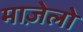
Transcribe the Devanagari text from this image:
माज़ेलो